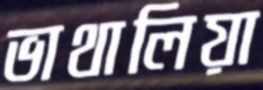
ভাথালিয়া